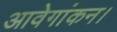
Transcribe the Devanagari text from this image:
आवेगांकन।